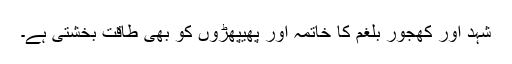
شہد اور کھجور بلغم کا خاتمہ اور پھیپھڑوں کو بھی طاقت بخشتی ہے۔